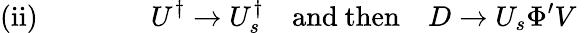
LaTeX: \mathrm{(ii)}\quad\quad\quad\quad U^{\dagger}\rightarrow U_{s}^{\dagger}\quad\mathrm{and~then}\quad D\rightarrow U_{s}\Phi^{\prime}V\;